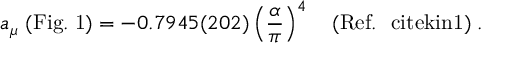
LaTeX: a _ { \mu } \; \mathrm { ( F i g . \; 1 ) } = - 0 . 7 9 4 5 ( 2 0 2 ) \left( { \frac { \alpha } { \pi } } \right) ^ { 4 } \quad ( \mathrm { R e f . ~ \ c i t e { k i n 1 } } ) \; .